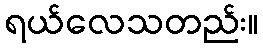
ရယ်လေသတည်း။